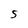
Character: 5